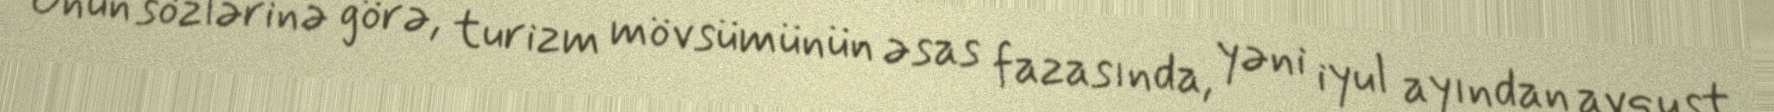
Onun sözlərinə görə, turizm mövsümünün əsas fazasında, yəni iyul ayından avqust